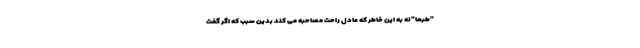
"طبعا"نه به این خاطر که عادل راحت مصاحبه می کند بدین سبب که اگر گفت